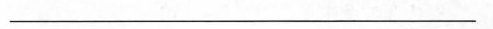
___